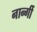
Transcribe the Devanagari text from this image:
नार्न्गी